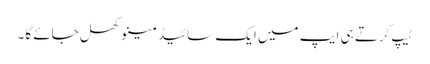
ٹیپ کرتے ہی ایپ میں ایک سائیڈ مینو کھل جائے گا۔